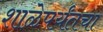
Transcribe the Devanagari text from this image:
शाळेपर्यंतचा